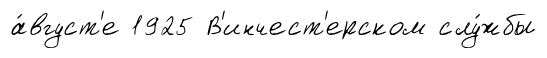
а́вгуст'е 1925 В'инчест'ерском слу́жбы